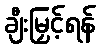
ချီးမြှင့်ရန်